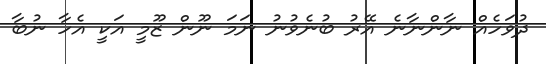
ދުވަހެއް ނާންނާނެ އޭރު ބުނެވުނު ނަމަ ނޫން ޒޫމީ އަކީ އެހާ ނުބާ